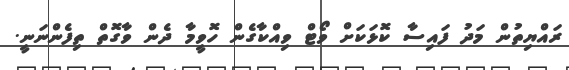
ރައްޔިތުން މަދު ފައިސާ ކޮޅަކަށް ވޯޓް ވިއްކާގެން ހޮވީމާ ދެން ވާގޮތް ތިފެންނަނީ.